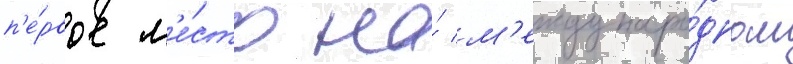
п'е́рвое м'е́сто на́ м'еждунаро́дном